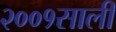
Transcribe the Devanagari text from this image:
२००१साली